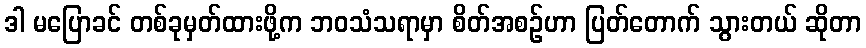
ဒါ မပြောခင် တစ်ခုမှတ်ထားဖို့က ဘဝသံသရာမှာ စိတ်အစဉ်ဟာ ပြတ်တောက် သွားတယ် ဆိုတာ